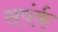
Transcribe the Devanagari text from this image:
सपंर्क